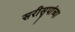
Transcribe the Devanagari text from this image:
सरीसृपांच्या